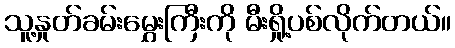
သူ့နှုတ်ခမ်းမွှေးကြီးကို မီးရှို့ပစ်လိုက်တယ်။